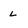
Character: L